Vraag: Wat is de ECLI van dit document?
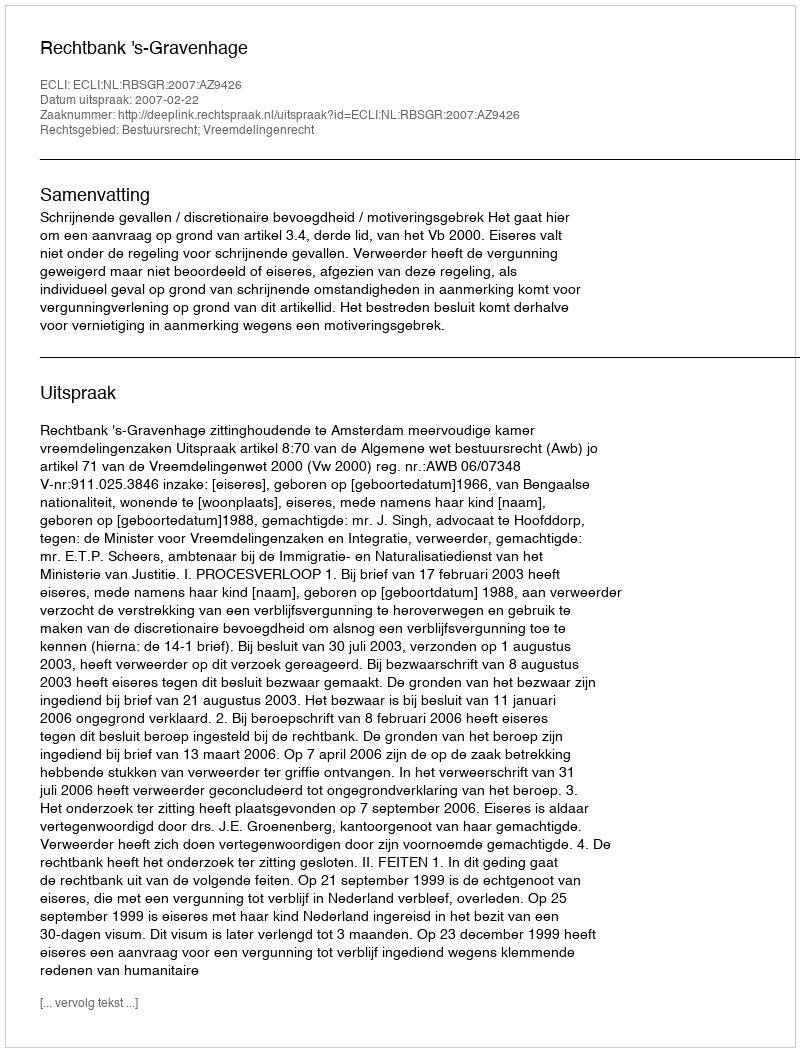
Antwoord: ECLI:NL:RBSGR:2007:AZ9426